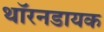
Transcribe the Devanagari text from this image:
थॉरनडायक